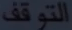
التوقف